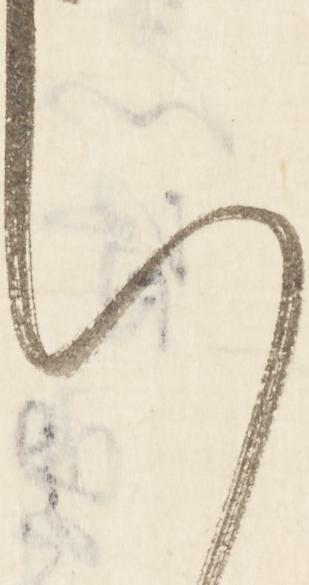
い